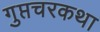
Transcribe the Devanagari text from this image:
गुप्तचरकथा